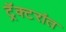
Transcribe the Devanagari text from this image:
ट्रॅक्टरांत